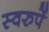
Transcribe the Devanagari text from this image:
स्वरुपें